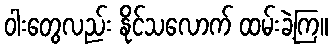
ဝါးတွေလည်း နိုင်သလောက် ထမ်းခဲ့ကြ။